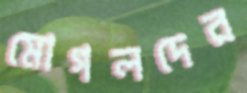
মোগলদের